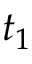
t _ { 1 }